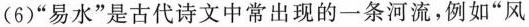
(6)”易水”是古代诗文中常出现的一条河流，例如”风